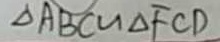
\Delta A B C \sim \Delta F C D